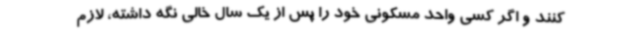
کنند و اگر کسی واحد مسکونی خود را پس از یک سال خالی نگه داشته، لازم